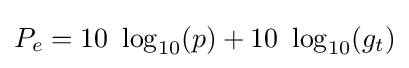
P_{e}=10\ \log _{10}(p)+10\ \log _{10}(g_{t})